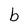
Character: b